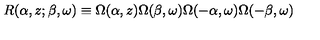
R ( \alpha , z ; \beta , \omega ) \equiv \Omega ( \alpha , z ) \Omega ( \beta , \omega ) \Omega ( - \alpha , \omega ) \Omega ( - \beta , \omega )